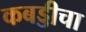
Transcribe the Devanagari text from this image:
कबड्डीचा